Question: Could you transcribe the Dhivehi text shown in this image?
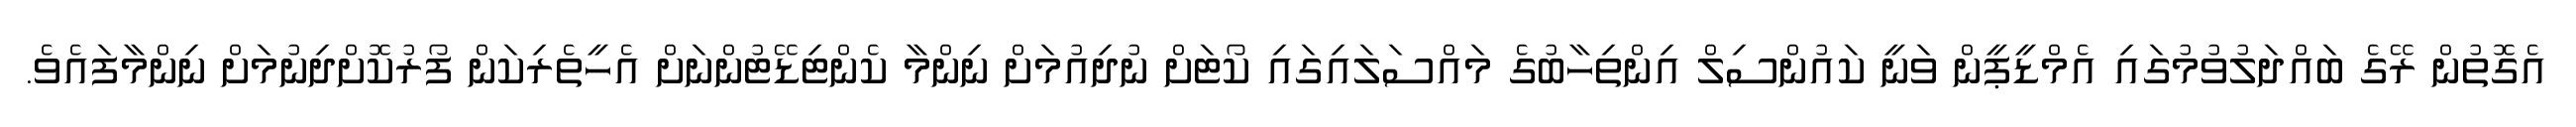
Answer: އެގޮތުން ރޭގެ ބައްދަލުވުމުގައި އެމްޑީޕީން ވަނީ ކައުންސިލް އިންތިހާބުގެ މައްސަލައިގައި ކޯޓަށް ނުދިއުމަށް ނިންމާ ކެންޓިޑޭޓުންނަށް އެހީތެރިކަން ފޯރުކޮށްދިނުމަށް ނިންމާފައެވެ.